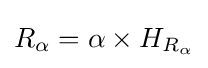
R_{\alpha }=\alpha \times H_{R_{\alpha }}